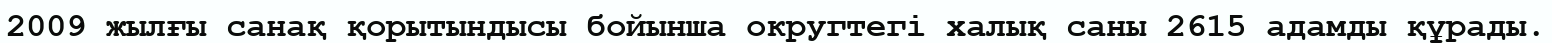
2009 жылғы санақ қорытындысы бойынша округтегі халық саны 2615 адамды құрады.